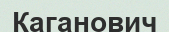
Каганович